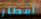
أمطار